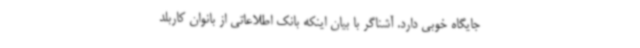
جایگاه خوبی دارد. آشناگر با بیان اینکه بانک اطلاعاتی از بانوان کاربلد